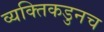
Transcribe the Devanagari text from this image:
व्यक्तिकडुनच